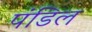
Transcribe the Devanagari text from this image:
पंडिल